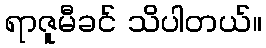
ရာဇူမီခင် သိပါတယ်။